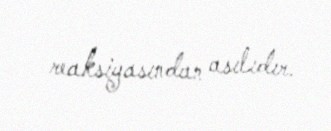
reaksiyasından asılıdır.